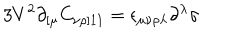
3 V ^ { 2 } \partial _ { [ \mu } C _ { \nu \rho ] 1 1 } = \epsilon _ { \mu \nu \rho \lambda } \partial ^ { \lambda } \sigma